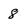
Character: 8